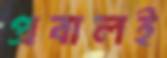
প্রবালই